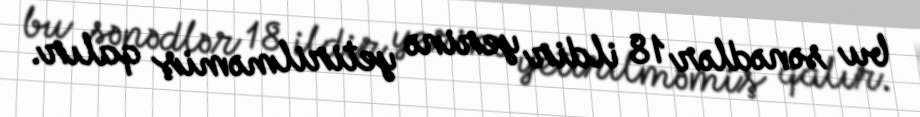
bu sənədlər 18 ildir yerinə yetirilməmiş qalır.